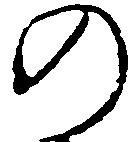
の